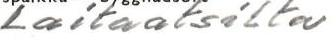
Laitaatsilta